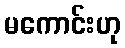
မကောင်းဟု